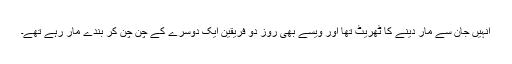
انہیں جان سے مار دینے کا ٹھریٹ تھا اور ویسے بھی روز دو فریقین ایک دوسرے کے چن چن کر بندے مار رہے تھے۔